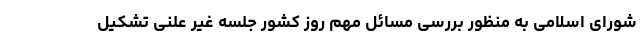
شورای اسلامی به منظور بررسی مسائل مهم روز کشور جلسه غیر علنی تشکیل